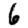
Digit: 6